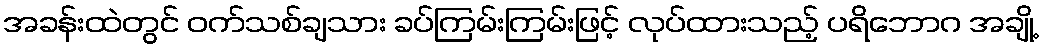
အခန်းထဲတွင် ဝက်သစ်ချသား ခပ်ကြမ်းကြမ်းဖြင့် လုပ်ထားသည့် ပရိဘောဂ အချို့